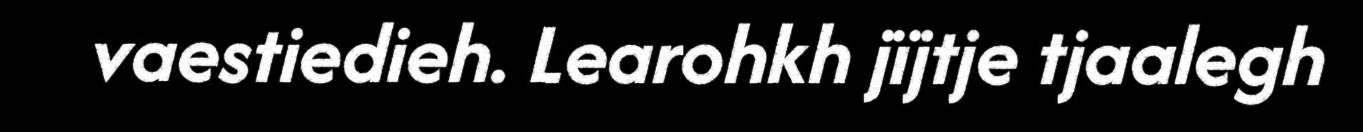
vaestiedieh. Learohkh jïjtje tjaalegh